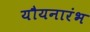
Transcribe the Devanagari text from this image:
यौयनारंभ